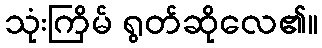
သုံးကြိမ် ရွတ်ဆိုလေ၏။